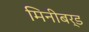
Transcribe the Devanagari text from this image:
मिनीबर्ड